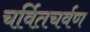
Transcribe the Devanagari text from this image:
चर्वितचर्वण